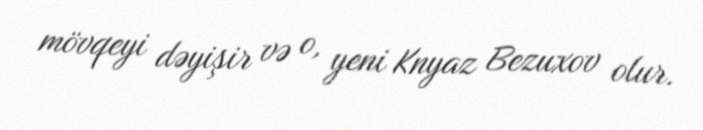
mövqeyi dəyişir və o, yeni Knyaz Bezuxov olur.